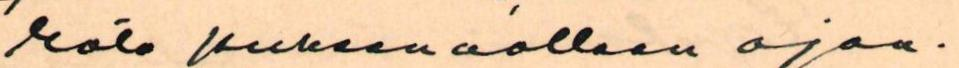
rata puheenaolleen ajan.